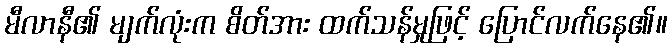
မီလာနီ၏ မျက်လုံးက စိတ်အား ထက်သန်မှုဖြင့် ပြောင်လက်နေ၏။